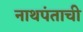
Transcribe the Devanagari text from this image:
नाथपंताची